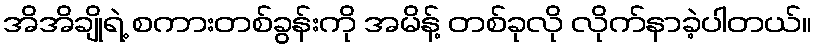
အိအိချိုရဲ့ စကားတစ်ခွန်းကို အမိန့် တစ်ခုလို လိုက်နာခဲ့ပါတယ်။